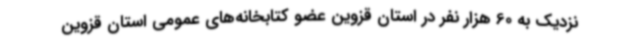
نزدیک به 60 هزار نفر در استان قزوین عضو کتابخانه‌های عمومی استان قزوین